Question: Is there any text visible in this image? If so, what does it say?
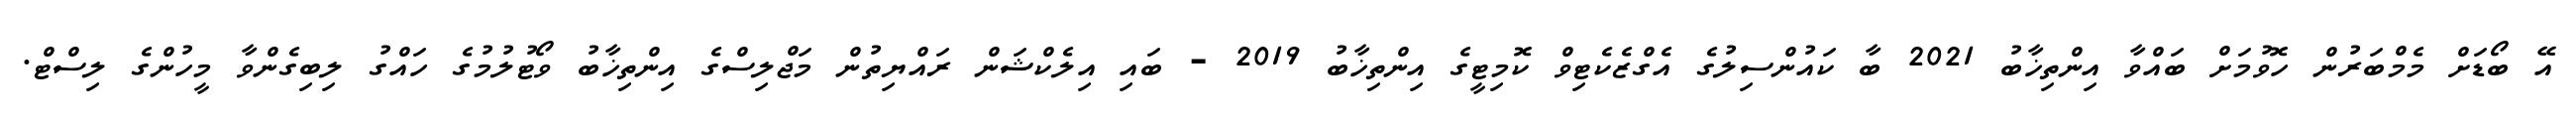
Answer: އޭ ބޯޑަށް މެމްބަރުން ހޮވުމަށް ބައްވާ އިންތިޚާބު 2021 ބާ ކައުންސިލުގެ އެގްޒެކެޓިވް ކޮމިޓީގެ އިންތިޚާބު 2019 - ބައި އިލެކްޝަން ރައްޔިތުން މަޖްލިސްގެ އިންތިޚާބު ވޯޓުލުމުގެ ހައްގު ލިބިގެންވާ މީހުންގެ ލިސްޓް.